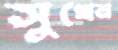
সুখেন